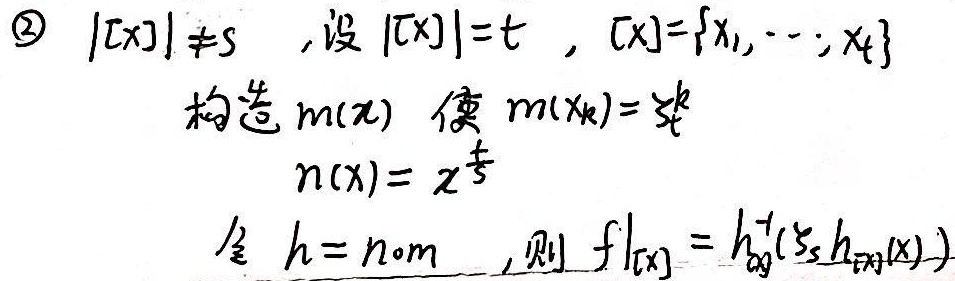
\textcircled{2} \(|[x]|\neq s\)，设\(|[x]| = t\)，\([x]=\{x_1,\cdots,x_t\}\)。构造\(m(x)\)使\(m(x_k)=x_t^k\)，\(n(x)=x^{\frac{1}{t}}\)，令\(h = n\circ m\)，则\(f|_{[x]} = h^{-1}(\zeta_s h_{[x]}(x))\)